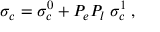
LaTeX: \sigma _ { c } = \sigma _ { c } ^ { 0 } + P _ { e } P _ { l } \; \sigma _ { c } ^ { 1 } \; ,